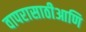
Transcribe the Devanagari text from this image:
वापरासाठीआणि